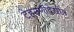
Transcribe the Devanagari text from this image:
टेहळणीदेखील